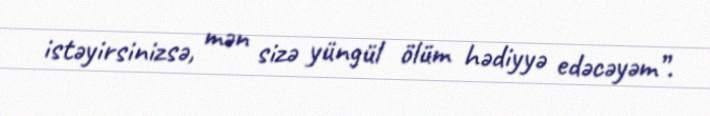
istəyirsinizsə, mən sizə yüngül ölüm hədiyyə edəcəyəm”.